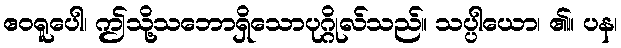
ဧဝရူပေါ၊ ဤသို့သဘောရှိသောပုဂ္ဂိုလ်သည်။ သပ္ပါယော၊ ၏။ ပန၊